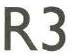
R3